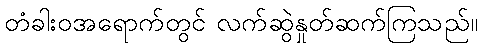
တံခါးဝအရောက်တွင် လက်ဆွဲနှုတ်ဆက်ကြသည်။